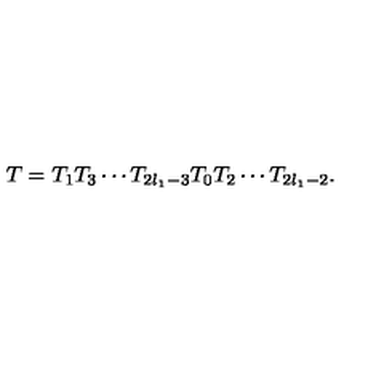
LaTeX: T = T _ { 1 } T _ { 3 } \cdots T _ { 2 l _ { 1 } - 3 } T _ { 0 } T _ { 2 } \cdots T _ { 2 l _ { 1 } - 2 } .